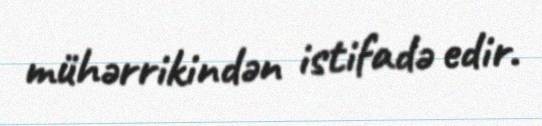
mühərrikindən istifadə edir.